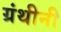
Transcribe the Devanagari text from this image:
ग्रंथीनी